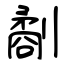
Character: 劀